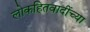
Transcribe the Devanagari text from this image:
लोकहितवादींच्या